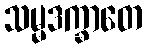
သမ္မဒက္ခာတေ